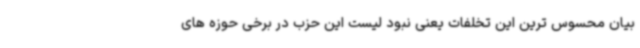
بیان محسوس ترین این تخلفات یعنی نبود لیست این حزب در برخی حوزه های